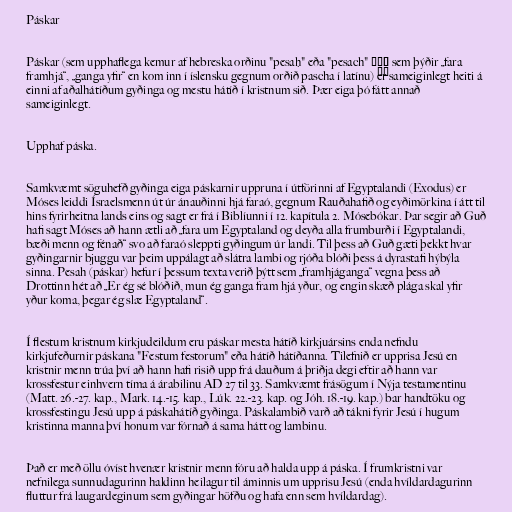
Páskar

Páskar (sem upphaflega kemur af hebreska orðinu "pesaḥ" eða "pesach" פֶּסַח sem þýðir „fara
framhjá“, „ganga yfir“ en kom inn í íslensku gegnum orðið pascha í latínu) er sameiginlegt heiti á
einni af aðalhátíðum gyðinga og mestu hátíð í kristnum sið. Þær eiga þó fátt annað
sameiginlegt.

Upphaf páska.

Samkvæmt söguhefð gyðinga eiga páskarnir uppruna í útförinni af Egyptalandi (Exodus) er
Móses leiddi Ísraelsmenn út úr ánauðinni hjá faraó, gegnum Rauðahafið og eyðimörkina í átt til
hins fyrirheitna lands eins og sagt er frá í Biblíunni í 12. kapítula 2. Mósebókar. Þar segir að Guð
hafi sagt Móses að hann ætli að „fara um Egyptaland og deyða alla frumburði í Egyptalandi,
bæði menn og fénað“ svo að faraó sleppti gyðingum úr landi. Til þess að Guð gæti þekkt hvar
gyðingarnir bjuggu var þeim uppálagt að slátra lambi og rjóða blóði þess á dyrastafi hýbýla
sinna. Pesah (páskar) hefur í þessum texta verið þýtt sem „framhjáganga“ vegna þess að
Drottinn hét að „Er ég sé blóðið, mun ég ganga fram hjá yður, og engin skæð plága skal yfir
yður koma, þegar ég slæ Egyptaland“.

Í flestum kristnum kirkjudeildum eru páskar mesta hátíð kirkjuársins enda nefndu
kirkjufeðurnir páskana "Festum festorum" eða hátíð hátíðanna. Tilefnið er upprisa Jesú en
kristnir menn trúa því að hann hafi risið upp frá dauðum á þriðja degi eftir að hann var
krossfestur einhvern tíma á árabilinu AD 27 til 33. Samkvæmt frásögum í Nýja testamentinu
(Matt. 26.-27. kap., Mark. 14.-15. kap., Lúk. 22.-23. kap. og Jóh. 18.-19. kap.) bar handtöku og
krossfestingu Jesú upp á páskahátíð gyðinga. Páskalambið varð að tákni fyrir Jesú í hugum
kristinna manna því honum var fórnað á sama hátt og lambinu.

Það er með öllu óvíst hvenær kristnir menn fóru að halda upp á páska. Í frumkristni var
nefnilega sunnudagurinn haldinn heilagur til áminnis um upprisu Jesú (enda hvíldardagurinn
fluttur frá laugardeginum sem gyðingar höfðu og hafa enn sem hvíldardag).